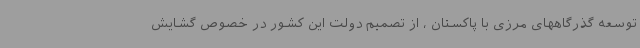
توسعه گذرگاههای مرزی با پاکستان ، از تصمیم دولت این کشور در خصوص گشایش